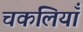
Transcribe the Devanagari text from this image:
चकलियाँ